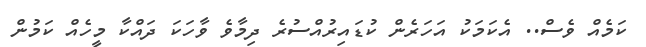
ކަމެއް ވެސް.. އެކަމަކު އަހަރެން ކުޑައިރުއްސުރެ ދިމާވެ ވާހަކަ ދައްކާ މީހެއް ކަމުން